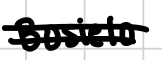
Text: Bosielo
Cross-out: double-line
Writing tool: digital_black